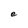
Character: e